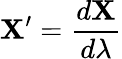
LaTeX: \mathbf{X}^{\prime}=\frac{d\mathbf{X}}{d\lambda}